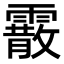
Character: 霰